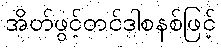
အိတ်ဖွင့်တင်ဒါစနစ်ဖြင့်